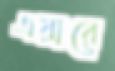
এয়ারে